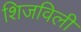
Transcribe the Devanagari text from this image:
शिजविली